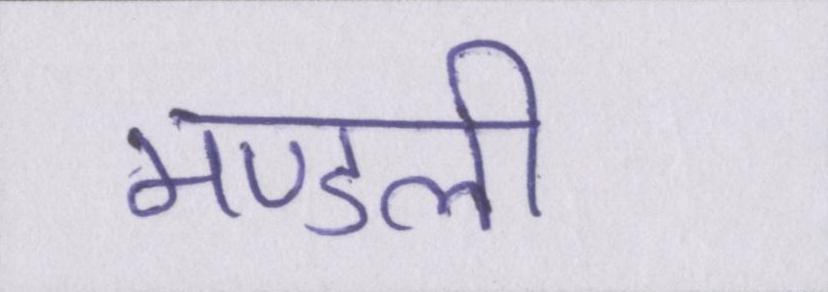
मण्डली